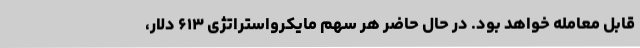
قابل معامله خواهد بود. در حال حاضر هر سهم مایکرواستراتژی ۶۱۳ دلار،